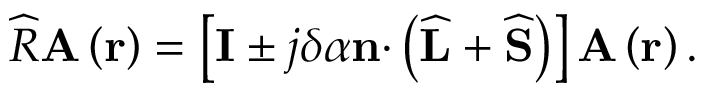
\widehat { R } \mathbf { A } \left( \mathbf { r } \right) = \left[ \mathbf { I } \pm j \delta \alpha \mathbf { n \cdot } \left( \widehat { \mathbf { L } } + \widehat { \mathbf { S } } \right) \right] \mathbf { A } \left( \mathbf { r } \right) .